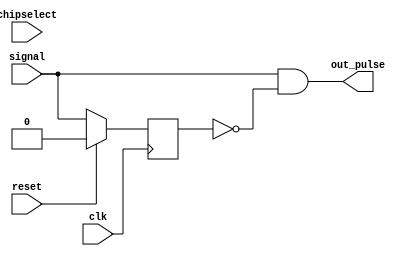
module edgeDetect(input clk, input reset, input signal, input chipselect, output out_pulse);
	 //posedge detector
	 reg old_signal;
	 always @(posedge clk)
	 begin
		if(reset)
			old_signal <= 1'b0;
		else
			old_signal <= signal;
	 end
	 
	 assign out_pulse = signal & ~old_signal;

endmodule